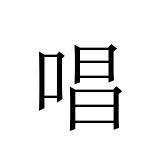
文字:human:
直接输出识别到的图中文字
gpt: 唱